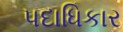
પદાધિકાર